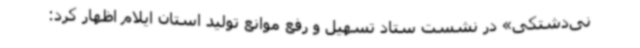
نی‌دشتکی» در نشست ستاد تسهیل و رفع موانع تولید استان ایلام اظهار کرد: